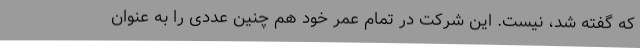
که گفته شد، نیست. این شرکت در تمام عمر خود هم چنین عددی را به عنوان